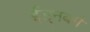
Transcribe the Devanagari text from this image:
ईड्नबर्ग